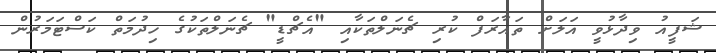
ޝަފީއު ވިދާޅުވީ އަލަށް ތައާރަފް ކުރި ޗެނަލްތަކާއި "އެޗްޑީ" ޗެނަލްތަކުގެ ހިދުމަތް ކަސްޓަމަރުން